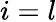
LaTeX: i=l